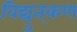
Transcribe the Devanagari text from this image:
विद्युत्‌कण